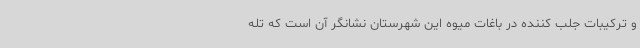
و ترکیبات جلب کننده در باغات میوه این شهرستان نشانگر آن است که تله